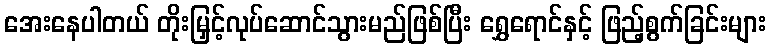
အေးနေပါတယ် တိုးမြှင့်လုပ်ဆောင်သွားမည်ဖြစ်ပြီး ရွှေရောင်နှင့် ဖြည့်စွက်ခြင်းများ